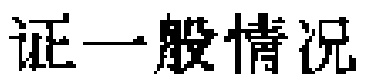
证一般情况